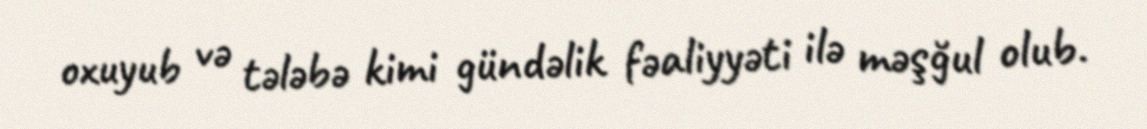
oxuyub və tələbə kimi gündəlik fəaliyyəti ilə məşğul olub.